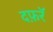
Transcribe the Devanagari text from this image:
दफ़रॅ